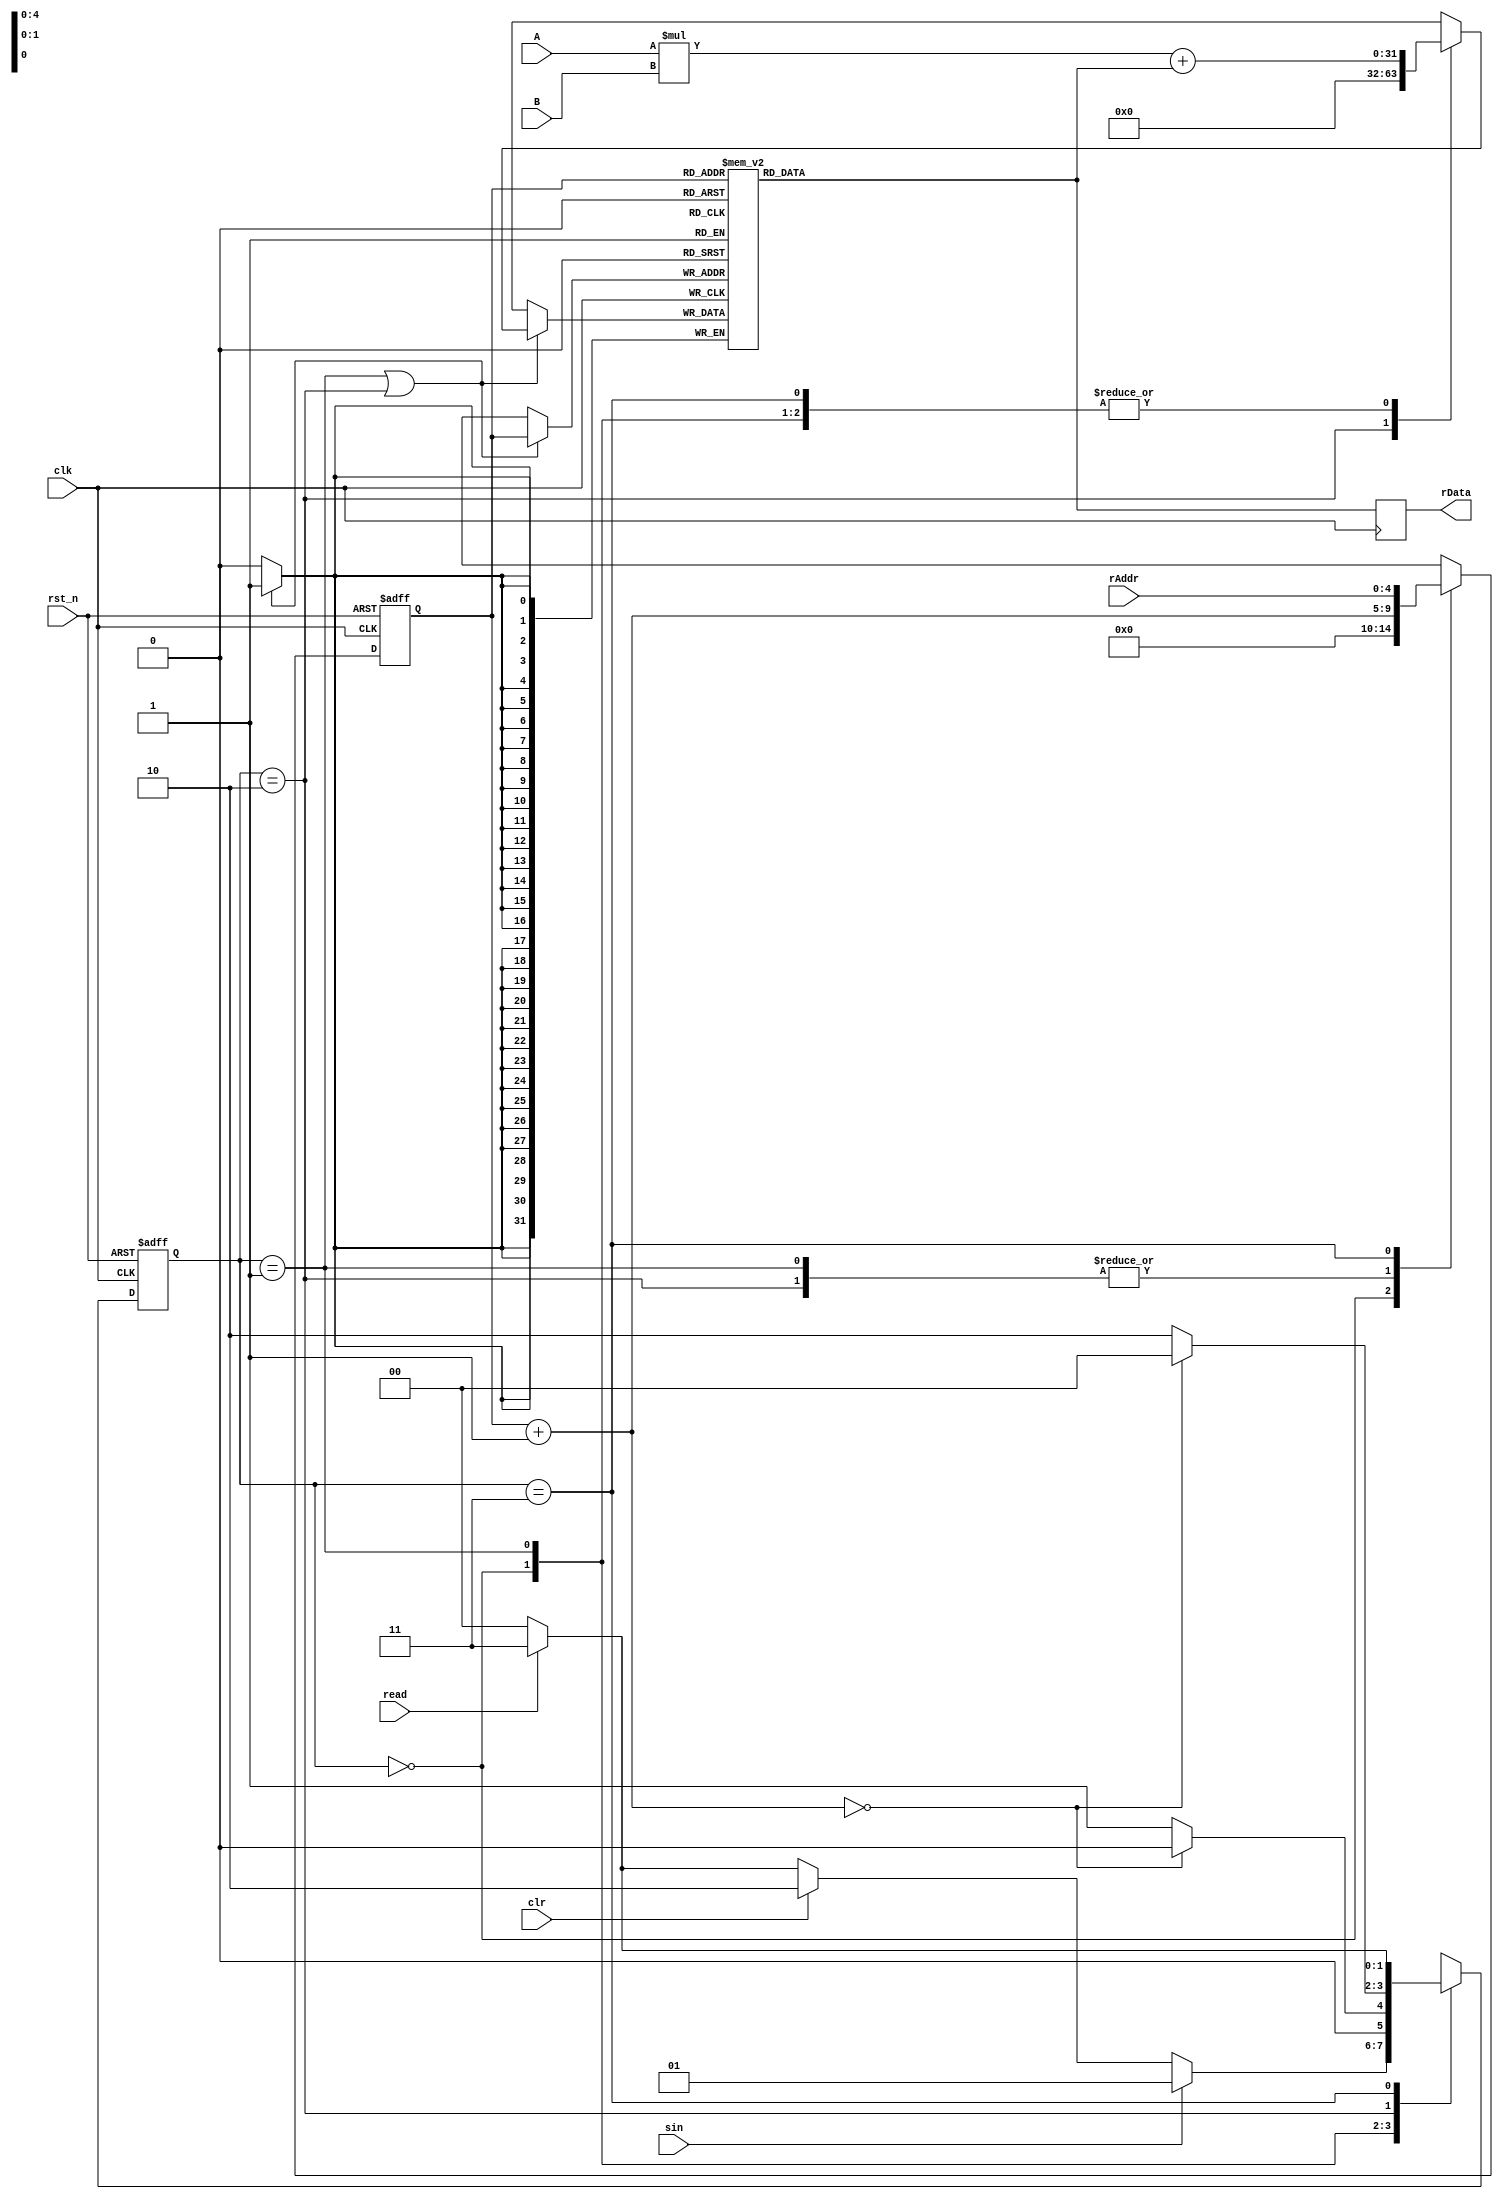
//WIDTHofADDR
//macRAM8_32_XXXXX
//macRAM8_32_XXXXXdefine
//Lai Yongtian 2018-5-1

`define WIDTHofADDR 5

module macRam8_32_based (
  clk,
  rst_n,
  clr,    //sync clear signal it need 32 clk
  sin,    //mac sig
  A,      //A*B+C A not change while B keep shifting
  B,      //A*B+C B is shift input
  
  read,   //read the ram enable 
  rAddr,  //read address
  rData   //read data
  );

input clk;
input rst_n;
input clr;

//A*B+C=M
input [7:0] A,B; 
wire [31:0] C;
reg [31:0] M;
input sin;  //sample time,

//read
input read;
input [`WIDTHofADDR-1:0] rAddr;
output reg [31:0] rData;

//ram
(* ramstyle = "M9K" *) reg [31:0] ram[2**`WIDTHofADDR-1:0];
reg [`WIDTHofADDR-1:0] addr;

reg		[1:0]state;
parameter Swait = 0, Smac = 1, Sclr = 2, Sread = 3;

//init the RAM
integer i;
initial
begin
	for(i=0;i<2**`WIDTHofADDR;i=i+1)
		ram[i] <= 8'd0;
end

// Read Port 
always @ (posedge clk) rData <= C;

//state shift  
always @ ( posedge clk or negedge rst_n )
if( !rst_n )
  state <= Swait;
else
  case (state)
   Swait: if(sin) state <= Smac;
          else 
            if(clr) state <= Sclr;
            else
              if (read) state <= Sread;
              else    state <= Swait;
   Smac:  if(addr + 5'd1 == 5'd0) state <= Swait;
          else state <= Smac;
   Sclr:  if(addr + 5'd1 == 5'd0) state <= Swait;
          else state <= Sclr;
   Sread: if (read) state <= Sread;
              else    state <= Swait;
   endcase
   
//ram mac
always @ ( posedge clk)
  if(state == Smac || state == Sclr)
      ram[addr] <= M;
assign C = ram[addr];	 

//combine: addr
always @ ( posedge clk or negedge rst_n )
if( !rst_n )
  addr <= 5'd0;
else
  case (state)
   Swait: addr <= 5'd0;
   Smac: addr <= addr + 5'd1;
   Sclr : addr <= addr + 5'd1;
   Sread : addr <= rAddr;
  endcase

//combine: Mac
always @ (state or A or B or C)
	begin
			case (state)
			  Swait:  M <= A*B+C;
        Smac:   M <= A*B+C;
        Sclr :  M <= 31'd0;
        Sread:  M <= A*B+C;
			endcase
	end
  
endmodule